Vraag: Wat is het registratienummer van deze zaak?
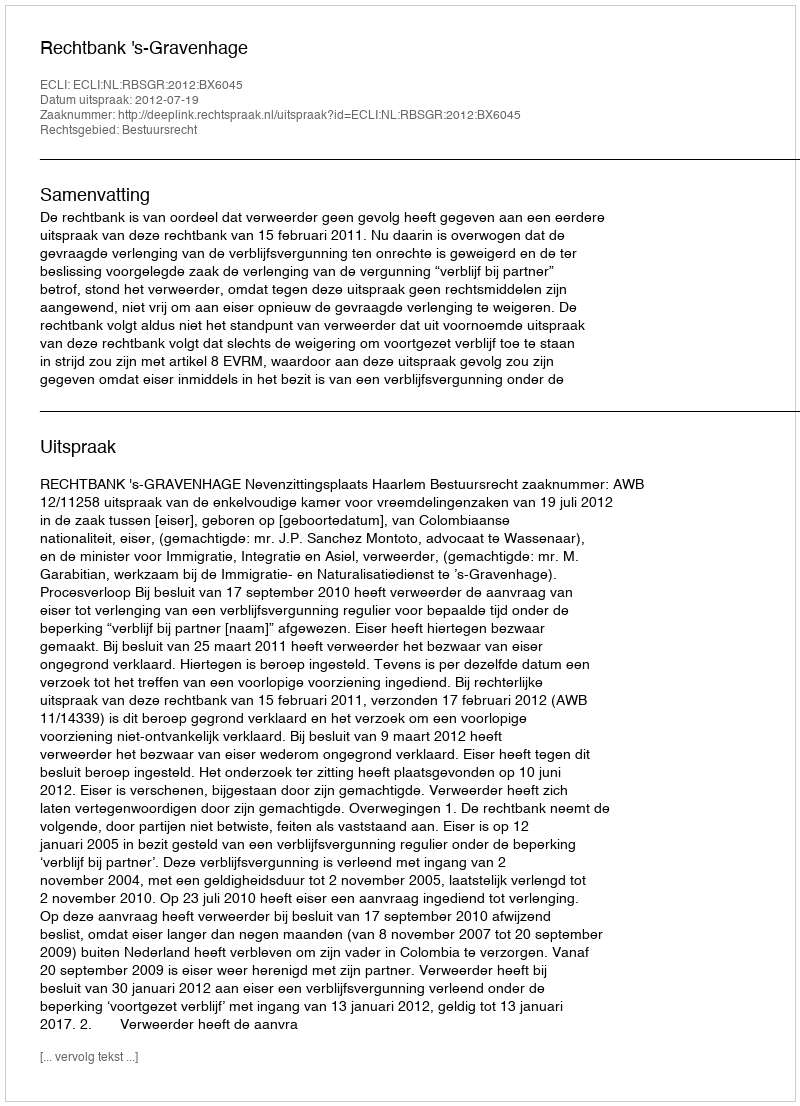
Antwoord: http://deeplink.rechtspraak.nl/uitspraak?id=ECLI:NL:RBSGR:2012:BX6045